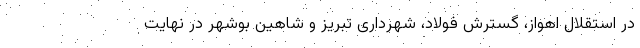
در استقلال اهواز، گسترش فولاد، شهرداری تبریز و شاهین بوشهر در نهایت